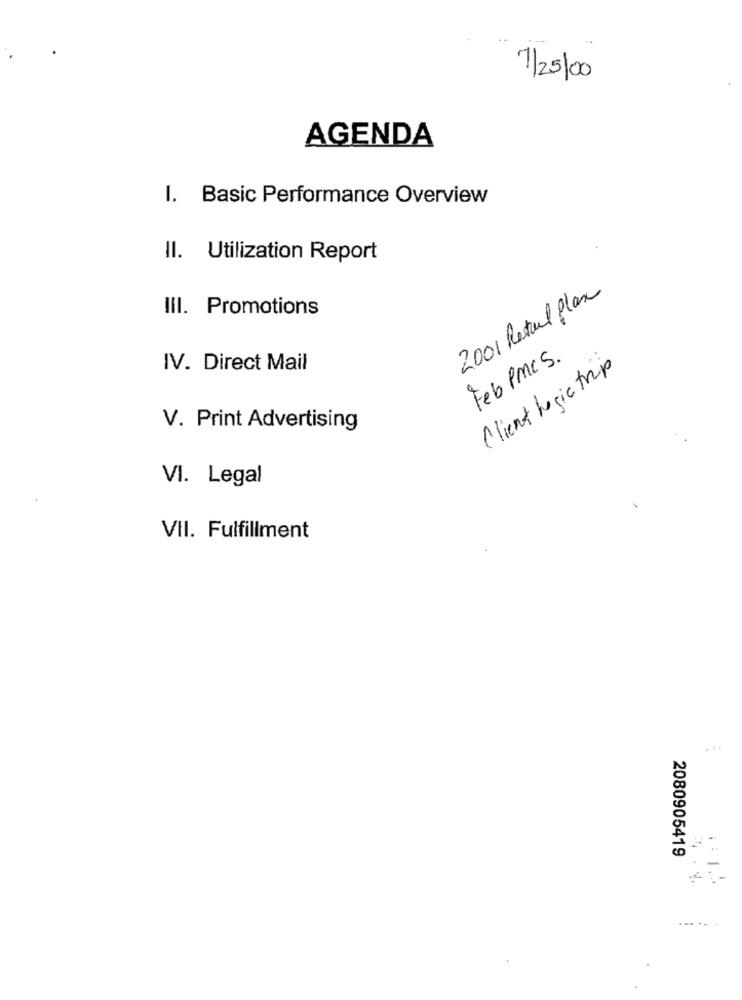
7/25/00
AGENDA
I. Basic Performance Overview
II. Utilization Report
2001 Retail Plax
III. Promotions
Feb PMCS.
IV. Direct Mail
Client logic trip
V. Print Advertising
VI. Legal
VII. Fulfillment
2080905419
.-....